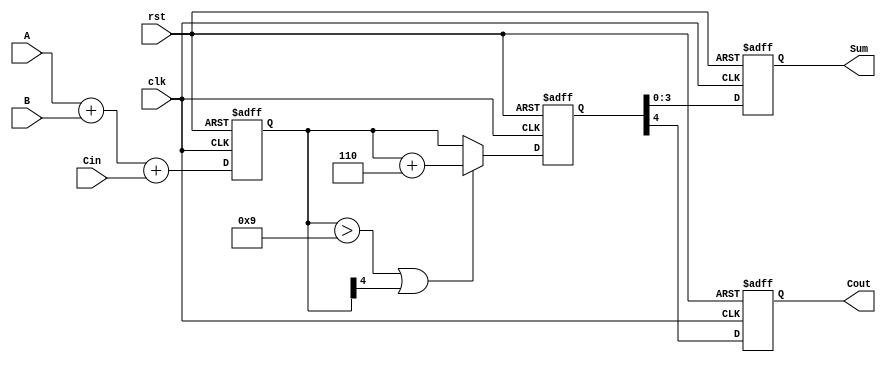
module BCD_Pipelined_Adder (
    input wire [3:0] A,      // BCD input A
    input wire [3:0] B,      // BCD input B
    input wire Cin,          // Carry input
    input wire clk,          // Clock signal
    input wire rst,          // Reset signal
    output reg [3:0] Sum,    // Corrected BCD result
    output reg Cout          // Carry output
);

    // Intermediate signals
    reg [4:0] sum_stage1;    // Sum output from stage 1
    reg [4:0] corrected_sum;  // Corrected sum output from stage 2
    reg correction_needed;     // Flag for correction

    // Stage 1: BCD Addition
    always @(posedge clk or posedge rst) begin
        if (rst) begin
            sum_stage1 <= 5'b0;
        end else begin
            sum_stage1 <= A + B + Cin; // Add A, B and Cin
        end
    end

    // Stage 2: BCD Correction Logic
    always @(posedge clk or posedge rst) begin
        if (rst) begin
            corrected_sum <= 5'b0;
            correction_needed <= 1'b0;
        end else begin
            // Check if correction is needed
            if (sum_stage1 > 9 || sum_stage1[4]) begin
                correction_needed <= 1'b1;
                corrected_sum <= sum_stage1 + 5'b0110; // Add 6 for correction
            end else begin
                correction_needed <= 1'b0;
                corrected_sum <= sum_stage1; // No correction needed
            end
        end
    end

    // Output Stage
    always @(posedge clk or posedge rst) begin
        if (rst) begin
            Sum <= 4'b0;
            Cout <= 1'b0;
        end else begin
            Sum <= corrected_sum[3:0]; // Take the lower 4 bits as the result
            Cout <= corrected_sum[4];   // Carry out is the 5th bit
        end
    end

endmodule